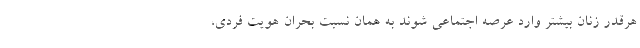
هرقدر زنان بیشتر وارد عرصه اجتماعی شوند به همان نسبت بحران هویت فردی،